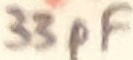
Text: 33pF